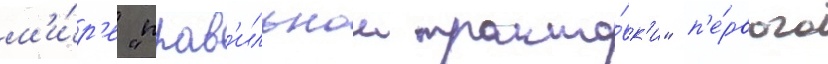
м'и́р'е "прав'ильнои тракто́вк'и" п'е́рвого